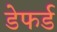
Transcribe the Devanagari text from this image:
डेफर्ड